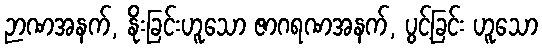
ဉာဏအနက်, နိုးခြင်းဟူသော ဇာဂရဏအနက်, ပွင့်ခြင်း ဟူသော